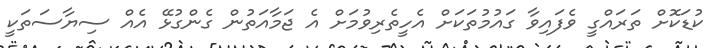
ކުޑަކޮށް ތަރައްގީ ވެފައިވާ ގައުމުތަކަށް އެހީތެރިވުމަށް އެ ޖަމާއަތުން ގެންގުޅޭ އެއް ސިޔާސަތަކީ